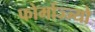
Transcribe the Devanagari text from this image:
फोर्माज्ज्यो